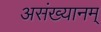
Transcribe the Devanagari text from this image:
असंख्यानम्‌